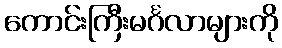
ကောင်းကြီးမင်္ဂလာများကို